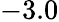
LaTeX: -3.0